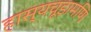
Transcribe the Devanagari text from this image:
हास्यचूड़ामणि